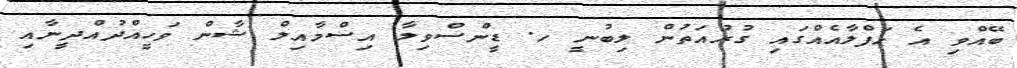
ބޭއްވި އެ ހަފްލާއެއްގައި ގުރުއަތުން ލިބުނީ ހ. ޑީންސްވިލާ އިސްމާއިލް ޝާން ވަހީއްދުއްދީނާއި